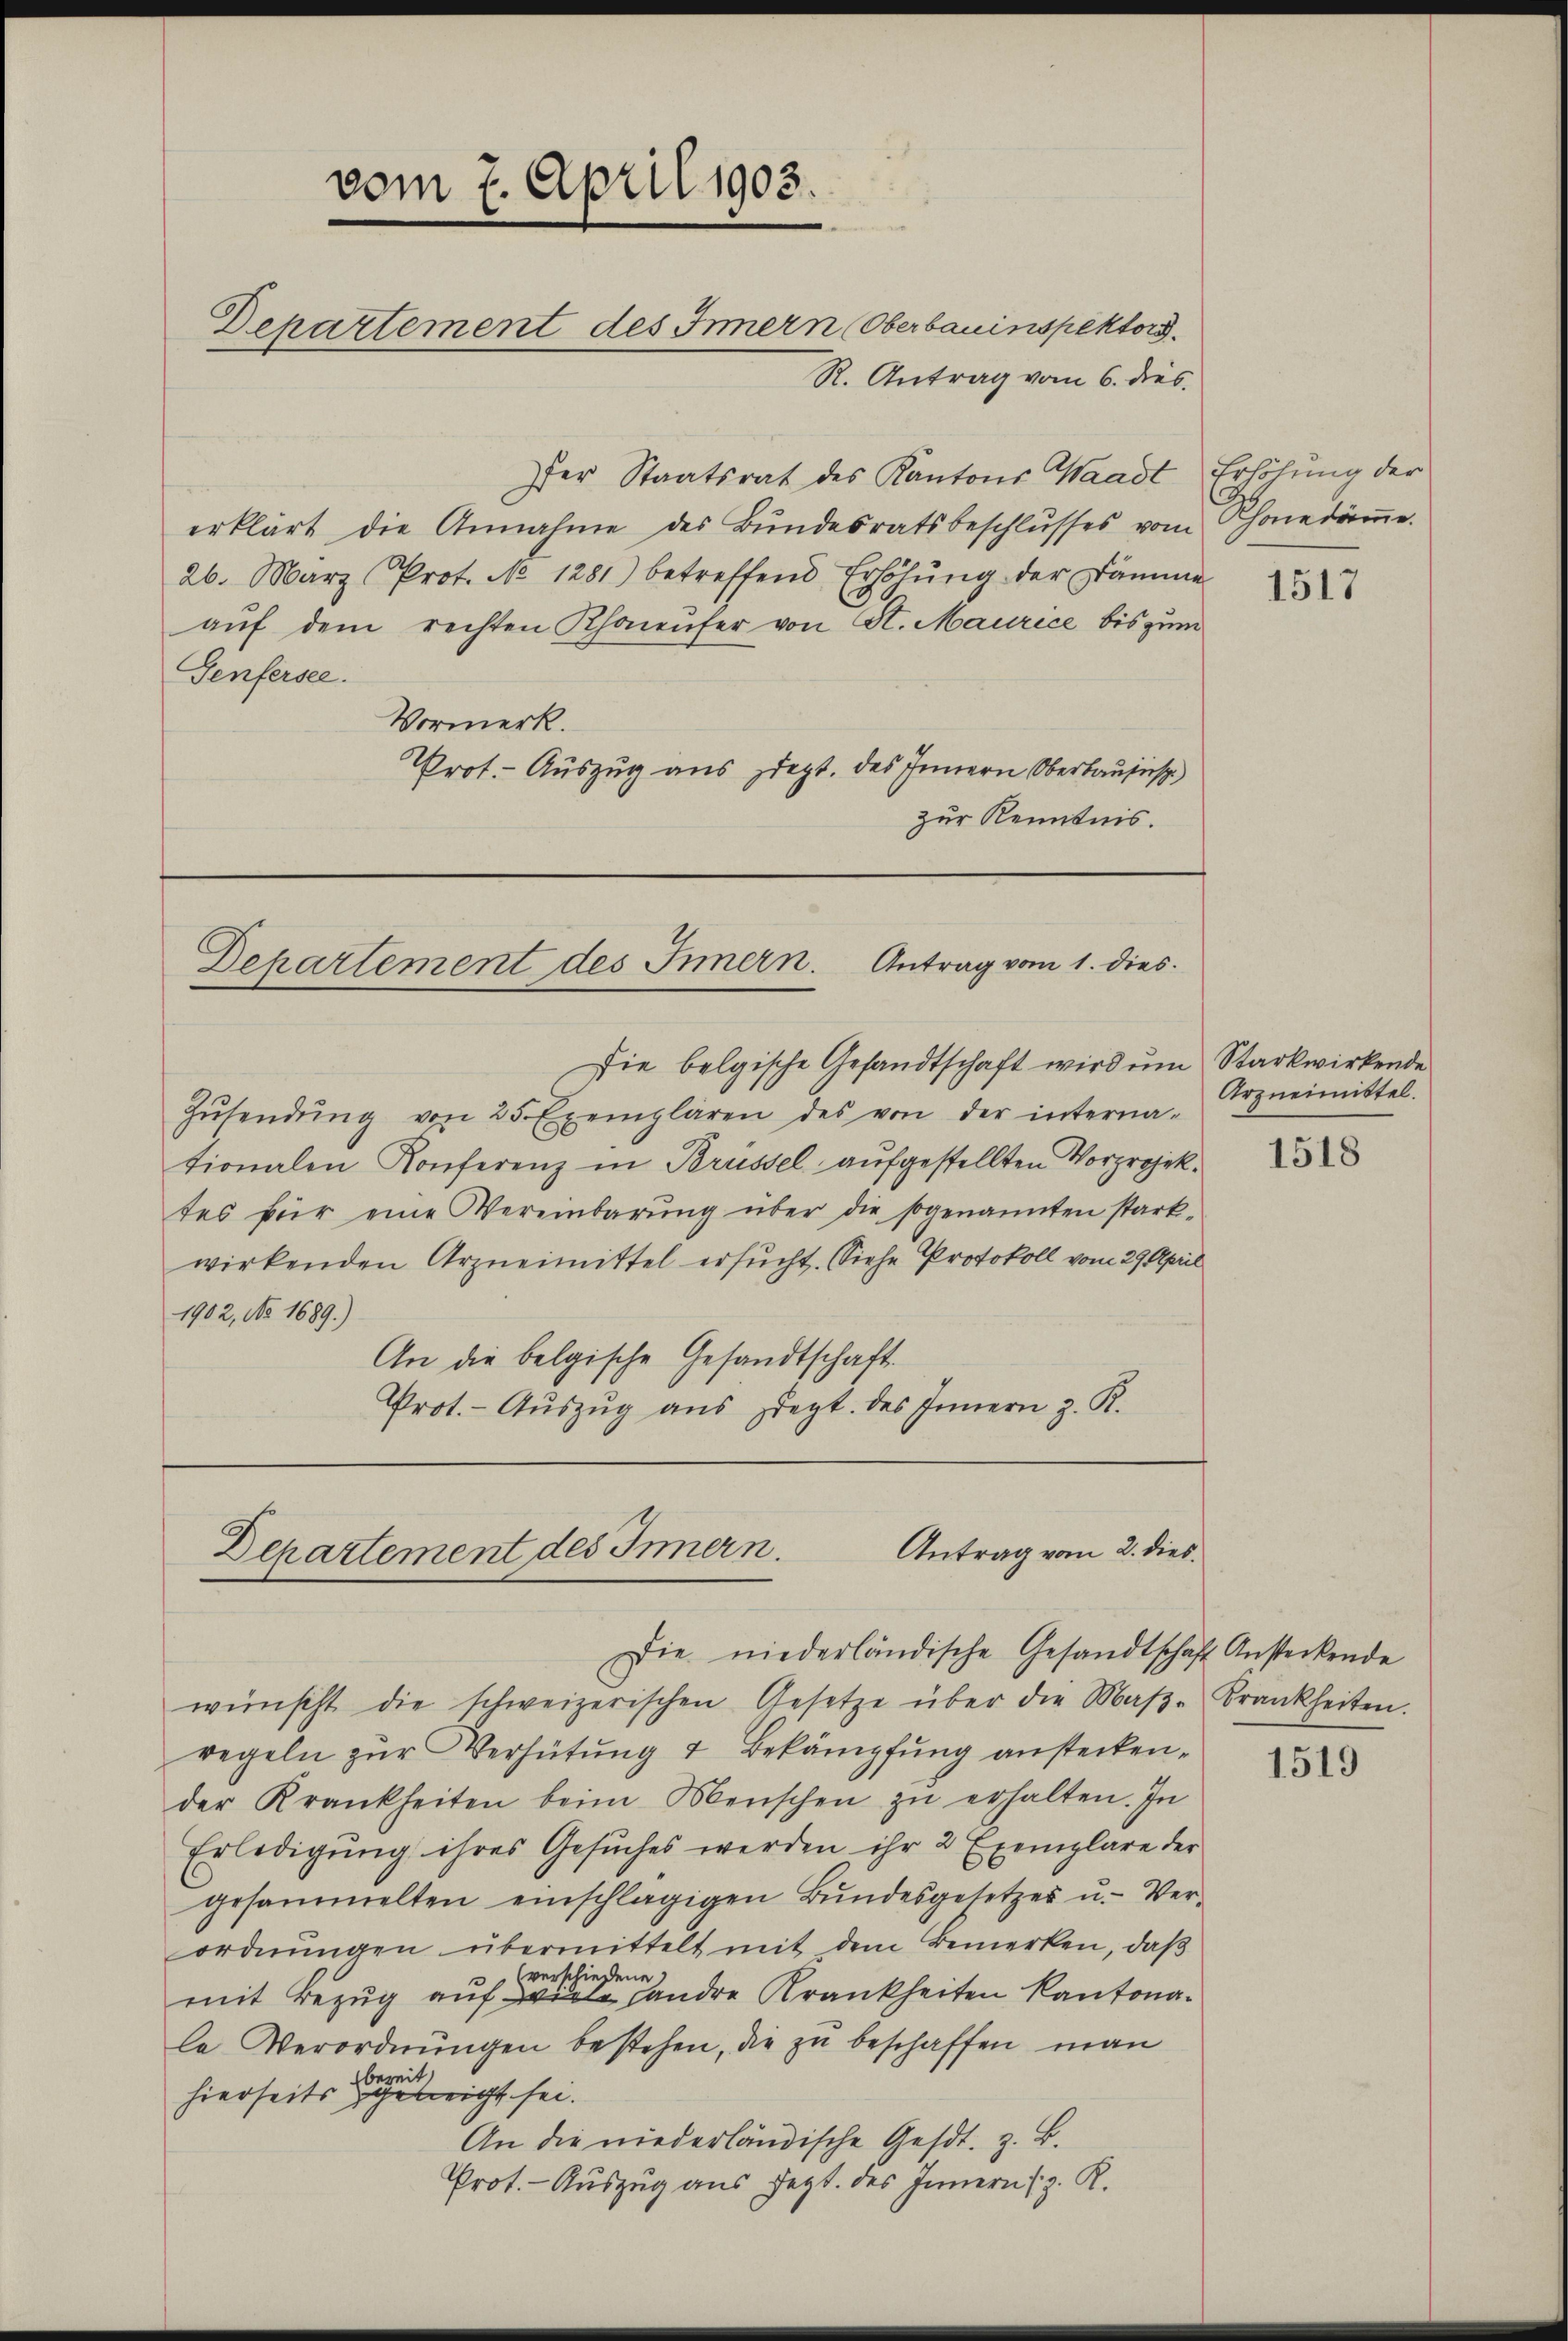
vom 7. April 1903.
Departement des Innern (Oberbauinspektors.

R. Antrag vom 6. dies
er Staatsrat des Kantons Waadt
erklärt die Annahme des Bŭndesratsbeschlŭsses vom
26. März (Prot. No 1281) betreffend Erhöhŭng der Dämme
aŭf dem rechten Khaufer von St. Maurice bis zum
Genfersee.
Vormerk.
Prot. Auszug aus ziegt. des Innern Oberaussp
zur Kenntnis.

Dehartement des Innern. Antrag vom 1. dies

Antrag vom 2. dies
Departement des Innern.
Die niederländische Gesandtschäft Ansteckende

sie belgische Gesandtschaft wird um Starkwirkende
Zŭsendŭng von 25 Exemplaren des von der interna-
tionalen Konferenz in Brüssel aufgestellten Vorprojektes für eine Vereinbarŭng über die sogenannten stark-
wirkenden Arzneimittel ersucht. Siehe Protokoll vom 29. April
1902, No 1689.)
An die belgische Gesandtschaft
Prot. - Aŭszŭg aŭs ept. des Innern z. R.

Erhöhung der
Schonedämme.

wünscht die schweizerischen Gesetze über die Maβ-Krankheiten.
regeln zur Verhütung 4 Bekämpfung ansteckender Krankheiten beim Menschen zŭ erhalten. In
Erledigung ihres Gesuches werden ihr 2 Exemplare der
gesammelten einschlägigen Bŭndesgesetzes u. Ver-
ordnŭngen übermittelt mit dem Bemerken, daβ
(verschiedene
mit Bezug auf viele andere Krankheiten Kantonale Verordnungen bestehen, die zu beschaffen man
bereit.
hierseits geleicht sei.
An die niederländische Ges. z. B.
Prot. - Aŭszŭg aŭs Jezt. des Innern (z. R.

1517

Arzneimittel.

1518

1519